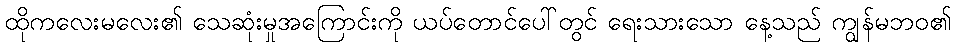
ထိုကလေးမလေး၏ သေဆုံးမှုအကြောင်းကို ယပ်တောင်ပေါ်တွင် ရေးသားသော နေ့သည် ကျွန်မဘဝ၏